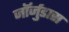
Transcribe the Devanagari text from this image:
जॉर्जुडास